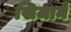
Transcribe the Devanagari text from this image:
खिजाने